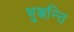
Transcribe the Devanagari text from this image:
भुञ्जन्ति